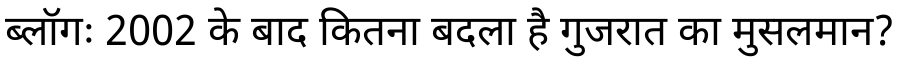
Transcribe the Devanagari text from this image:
ब्लॉगः 2002 के बाद कितना बदला है गुजरात का मुसलमान?